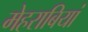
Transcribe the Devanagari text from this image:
मेहराबियां